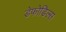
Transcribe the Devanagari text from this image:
डेफोडिल्स